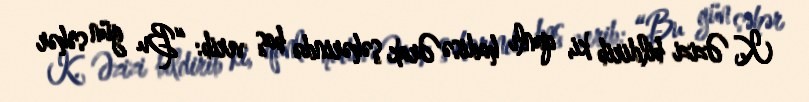
K. Əzizi bildirib ki, qanlı hadisə Ərak şəhərində baş verib: “Bu gün səhər